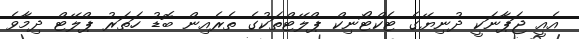
އެއީ ޖަޕާނަކީ ދުނިޔޭގެ ޓެކްޓޯނިކް ޕްލޭޓްތަކުގެ ތެރެއިން ބޮޑު ހަތަރު ޕްލޭޓް ދިމާވެ